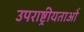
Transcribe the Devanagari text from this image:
उपराष्ट्रीयताओं